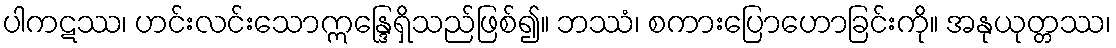
ပါကဋဿ၊ ဟင်းလင်းသောဣန္ဒြေရှိသည်ဖြစ်၍။ ဘဿံ၊ စကားပြောဟောခြင်းကို။ အနုယုတ္တဿ၊